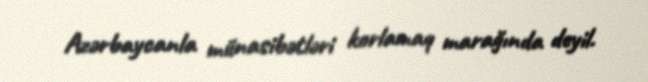
Azərbaycanla münasibətləri korlamaq marağında deyil.